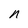
Character: n